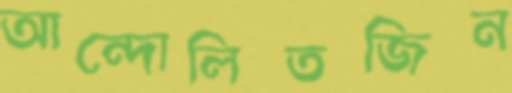
আন্দোলিতজিন